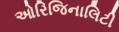
ઓરિજિનાલિટી